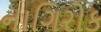
નાગિરોક